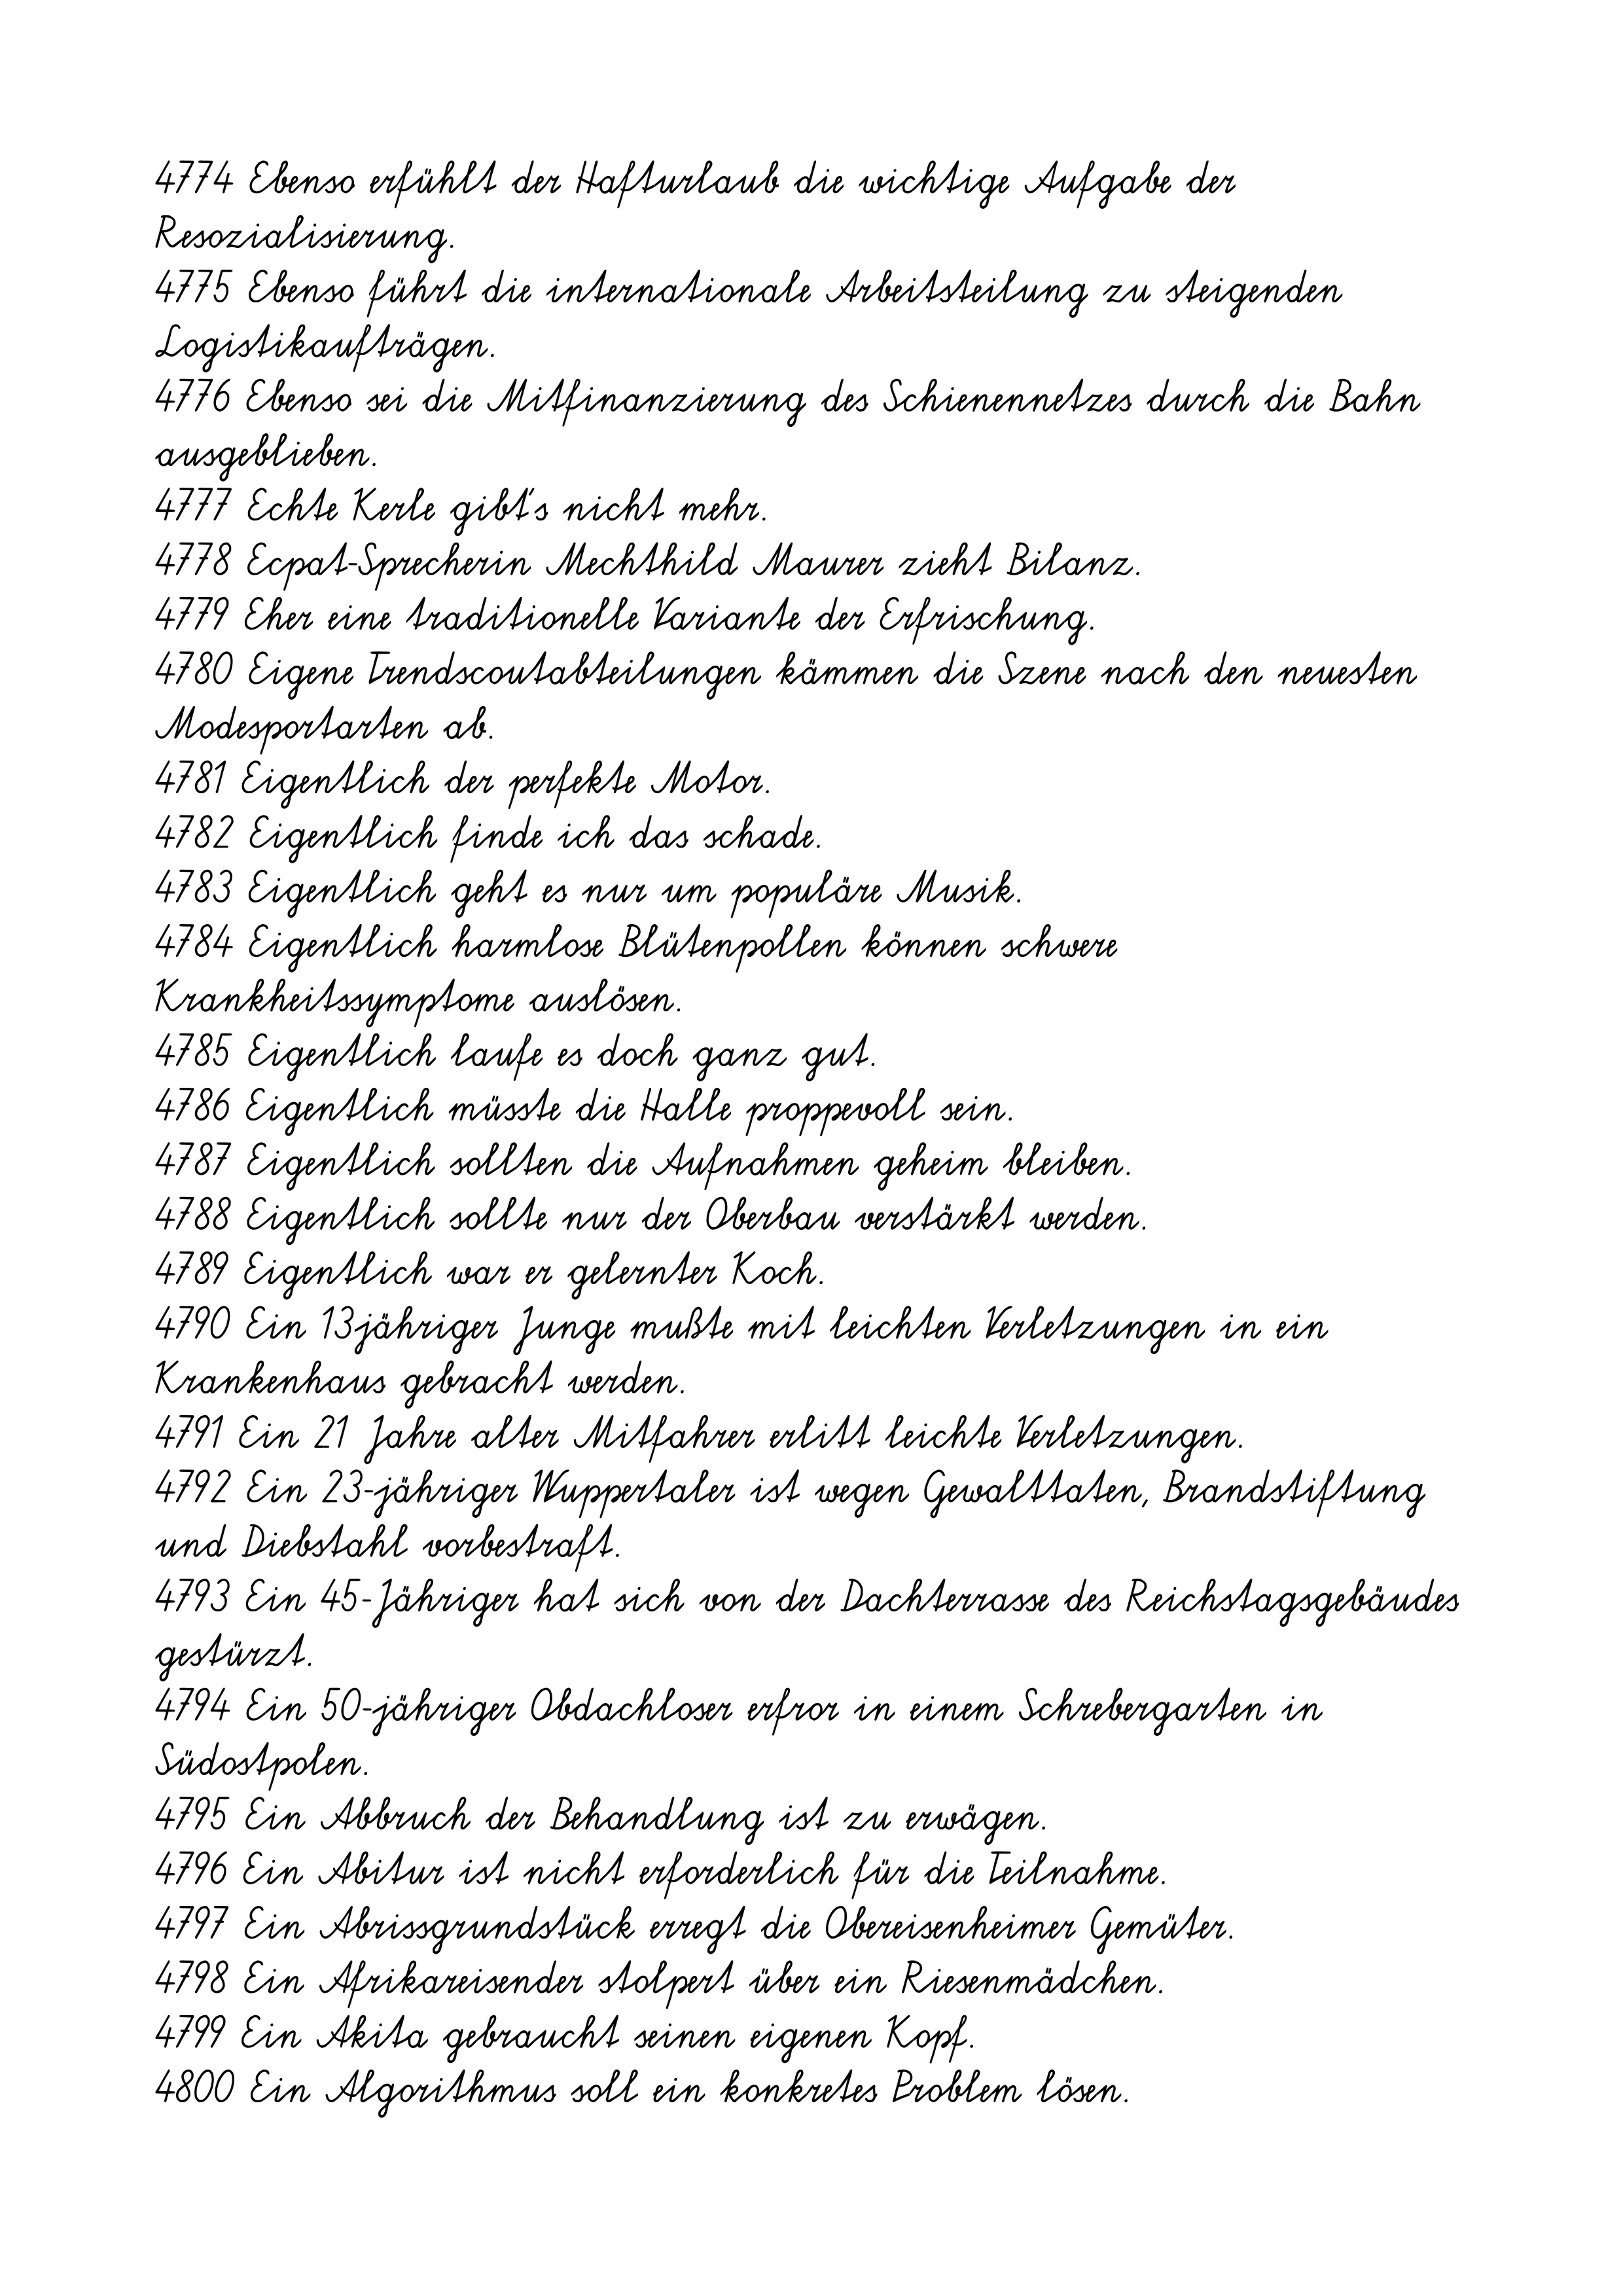
4801 Ein Alkotest bei der Ärztin ergab 2,88 Promille.
4802 Ein Alleingang komme nicht infrage.
4803 Ein angepasstes Netzteil steht zur Verfügung.
4804 Ein Anruf im Seniorenbüro genügt.
4805 Ein Appartement teilt sich jeweils die Küche.
4806 Ein Aufwärtstrend ist nicht in Sicht.
4807 Ein Ausbreiten des Feuers auf die Kücheneinrichtung kann
verhindert werden.
4808 Ein ausgedehntes Frühstück ebenso.
4809 Ein ausgefeiltes Prisma sorgt für die Verstärkung des Lichtes.
4810 Ein autobiographischer Song."
4811 Ein Basketballspieler setzt zum Wurf an.
4812 Ein Bericht von Andi Purtscheller.
4813 Ein berühmtes Beispiel ist der Handyhersteller Sony Ericsson.
4814 Ein besonderes Ausbildungsverhältnis wird nicht begründet.
4815 Ein Besucher wurde leicht verletzt.
4816 Ein Besuch ist durchaus sinnvoll.
4817 Ein Betrieb sei schließlich kein Selbstbedienungsladen.
4818 Einbezogen wird ebenfalls der Bereich zwischen Sparkasse und
Flakenfließbrücke.
4819 Ein Bezug zu konventionellen Katalogformen ist hier nicht
erkennbar.
4820 Ein Börsenkrach mit verheerenden Folgen müsse unbedingt vermieden
werden.
4821 Ein Brennelement wiegt immerhin gut 200 Kilogramm.
4822 Ein Büchertisch und Gartenbau-stände ergänzten das Angebot.
4823 Ein Bus-Ersatzverkehr wurde so schnell wie möglich eingerichtet.
4824 Ein Dank geht an das gut unterstützende Publikum.
4825 Ein deftiger Eintopf wird vom Roten Kreuz gegen Mittag serviert.
4826 Ein deutscher Fahrer muss definitiv zuschauen.
4827 Ein deutscher Rekord als i-Tüpfelchen.
4828 Ein Diagonse-Hilfsmittel für den Arzt Muster sind verfügbar.
4829 Ein Dokumentenhalter hilft, die Dokumente in Augenhöhe zu
positionieren.
4830 Ein Dominostein nach dem anderen fällt.
4831 Ein Doppeldecker fährt in einem Westbezirk an einer Haltestelle vor.